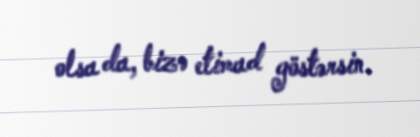
olsa da, bizə etimad göstərsin.